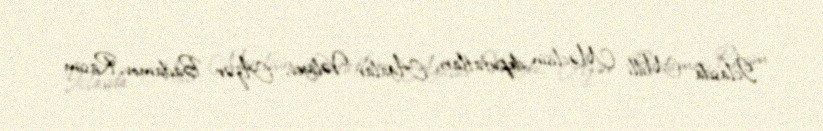
İclasda Milli Məclisin deputatları Ağalar Vəliyev, Azər Badamov, Rasim